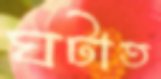
ঘটাত